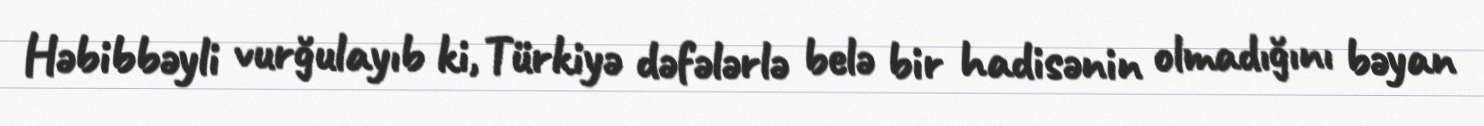
Həbibbəyli vurğulayıb ki, Türkiyə dəfələrlə belə bir hadisənin olmadığını bəyan